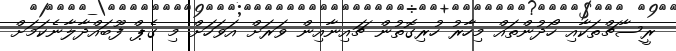
ރީސާޗްތަކާއި ހޯދުންތައް މިހާރު ހުރިގޮތުން ޗައިނާއިން ވަރަށް އަވަހަށް މި ގެޕް ފޫބައްދާލާނެކަމަށް